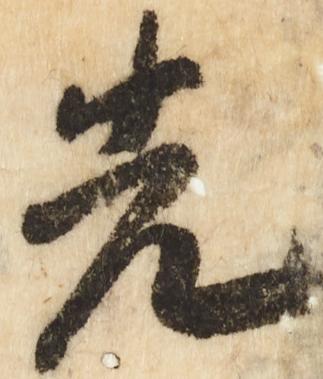
先